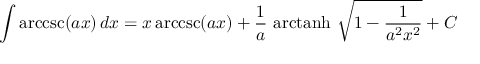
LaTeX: \int \operatorname { a r c c s c } ( a x ) \, d x = x \operatorname { a r c c s c } ( a x ) + { \frac { 1 } { a } } \, \operatorname { a r c t a n h } \, { \sqrt { 1 - { \frac { 1 } { a ^ { 2 } x ^ { 2 } } } } } + C